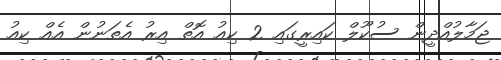
ޖަމާލުއްދީން ސުކޫލް ކައިރީގައި 2 ކިއު އޮތް އިރު އެތަނުން އެއް ކިއު